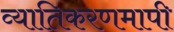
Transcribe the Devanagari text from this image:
व्यातिकरणमापी